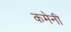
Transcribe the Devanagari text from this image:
कमेनी